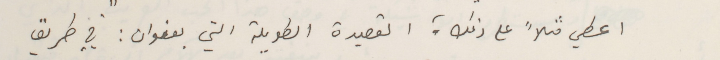
اعطي مثلاً على ذلك ؛ القصيدة الطويلة التي بعنوان: " في طريق